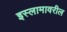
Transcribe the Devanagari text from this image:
इस्लामावरील